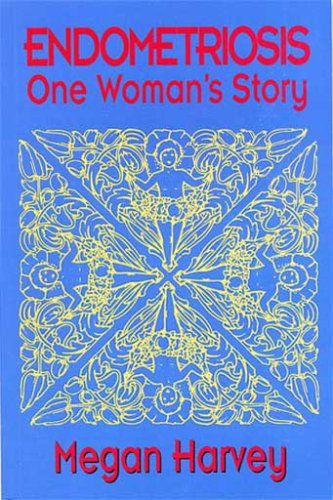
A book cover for Endometriosis: One Woman's Story; Megan Harvey; Health, Fitness & Dieting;